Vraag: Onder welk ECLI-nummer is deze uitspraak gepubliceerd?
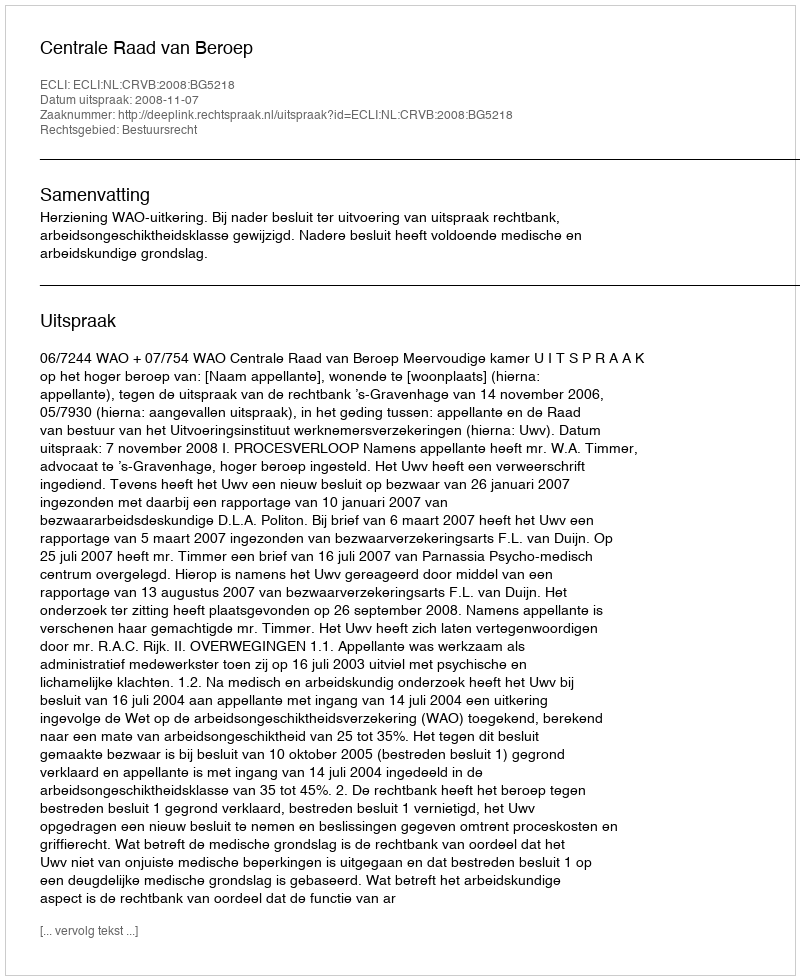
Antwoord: ECLI:NL:CRVB:2008:BG5218